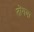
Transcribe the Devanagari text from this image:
तोंगबा